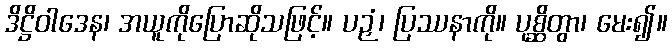
ဒိဋ္ဌိဝါဒေန၊ အယူကိုပြောဆိုသဖြင့်။ ပဉှံ၊ ပြဿနာကို။ ပုစ္ဆိတွာ၊ မေး၍။